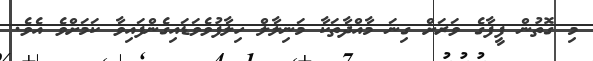
މި ގޮތުން ފީފާގެ ވަރަށް ގިނަ މާއްދާތަކާ މަނިލާލް ހިލާފުވެވަޑައިގެންފައިވާ ކަމަށްވެ އެވެ.